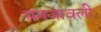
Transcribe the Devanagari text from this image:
समजावली